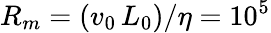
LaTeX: R_{m}=(v_{0}\, L_{0})/\eta=10^{5}